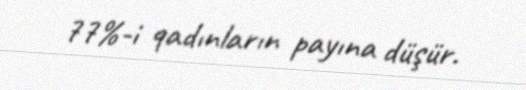
77%-i qadınların payına düşür.